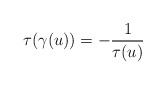
\begin{align*}\tau(\gamma(u)) = -\frac{1}{\tau(u)}\end{align*}